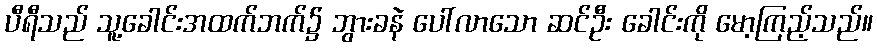
ပီရီသည် သူ့ခေါင်းအထက်ဘက်၌ ဘွားခနဲ ပေါ်လာသော ဆင်ဦး ခေါင်းကို မော့ကြည့်သည်။